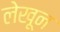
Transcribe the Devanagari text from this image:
लेखून